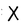
Character: X